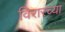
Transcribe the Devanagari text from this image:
विरारच्या